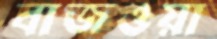
বাজওয়া